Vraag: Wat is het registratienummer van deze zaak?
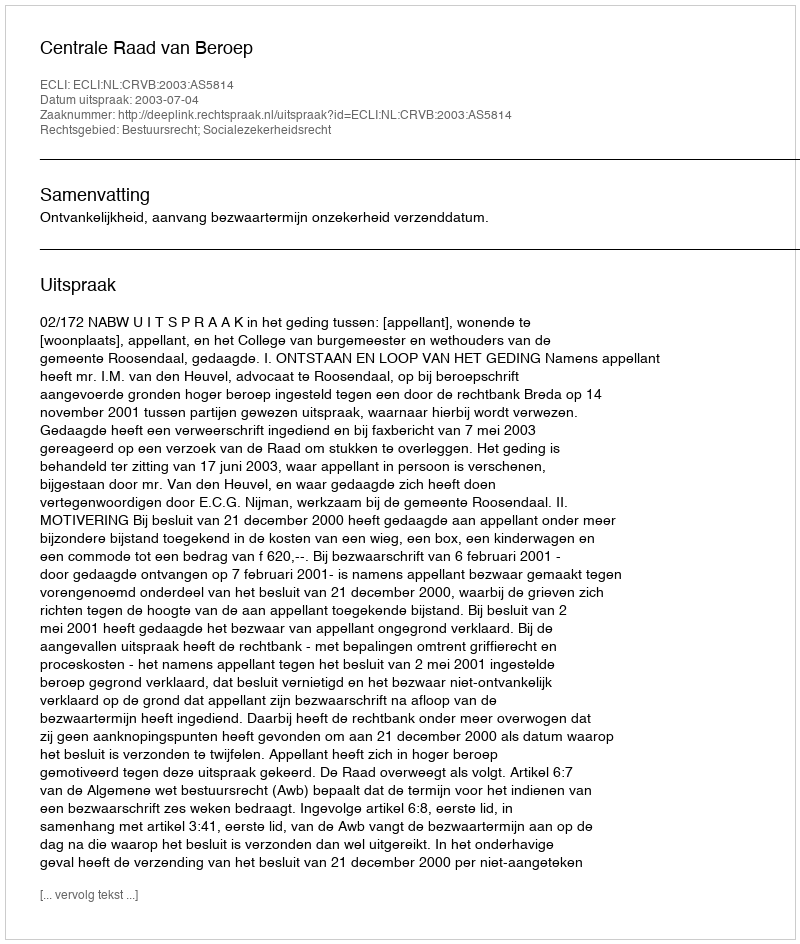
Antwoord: http://deeplink.rechtspraak.nl/uitspraak?id=ECLI:NL:CRVB:2003:AS5814